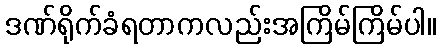
ဒဏ်ရိုက်ခံရတာကလည်းအကြိမ်ကြိမ်ပါ။